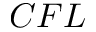
C F L